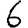
Digit: 6